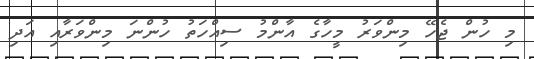
މި ހުން ޖެހޭ މިންވަރު މީހާގެ އާންމު ސިއްހަތު ހުންނަ މިންވަރާއި އަދި